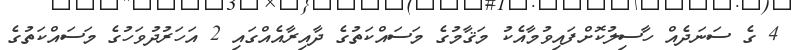
4 ގެ ސަނަދެއް ހާސިލުކޮށްފައިވުމާއެކު މަޤާމުގެ މަސައްކަތުގެ ދާއިރާއެއްގައި 2 އަހަރުދުވަހުގެ މަސައްކަތުގެ